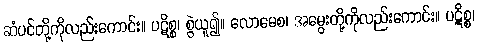
ဆံပင်တို့ကိုလည်းကောင်း။ ပဋိစ္စ၊ စွဲယူ၍။ လောမေစ၊ အမွေးတို့ကိုလည်းကောင်း။ ပဋိစ္စ၊